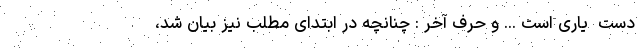
دست ِ یاری است ... و حرف آخر : چنانچه در ابتدای مطلب نیز بیان شد،